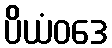
ပိယံဝဒေ